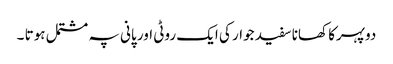
دوپہرکا کھانا سفید جوار کی ایک روٹی اور پانی پہ مشتمل ہوتا ۔